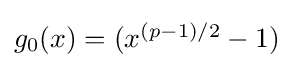
{\textstyle g_{0}(x)=(x^{(p-1)/2}-1)}